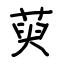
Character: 萸